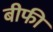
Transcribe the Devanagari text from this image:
बीफी